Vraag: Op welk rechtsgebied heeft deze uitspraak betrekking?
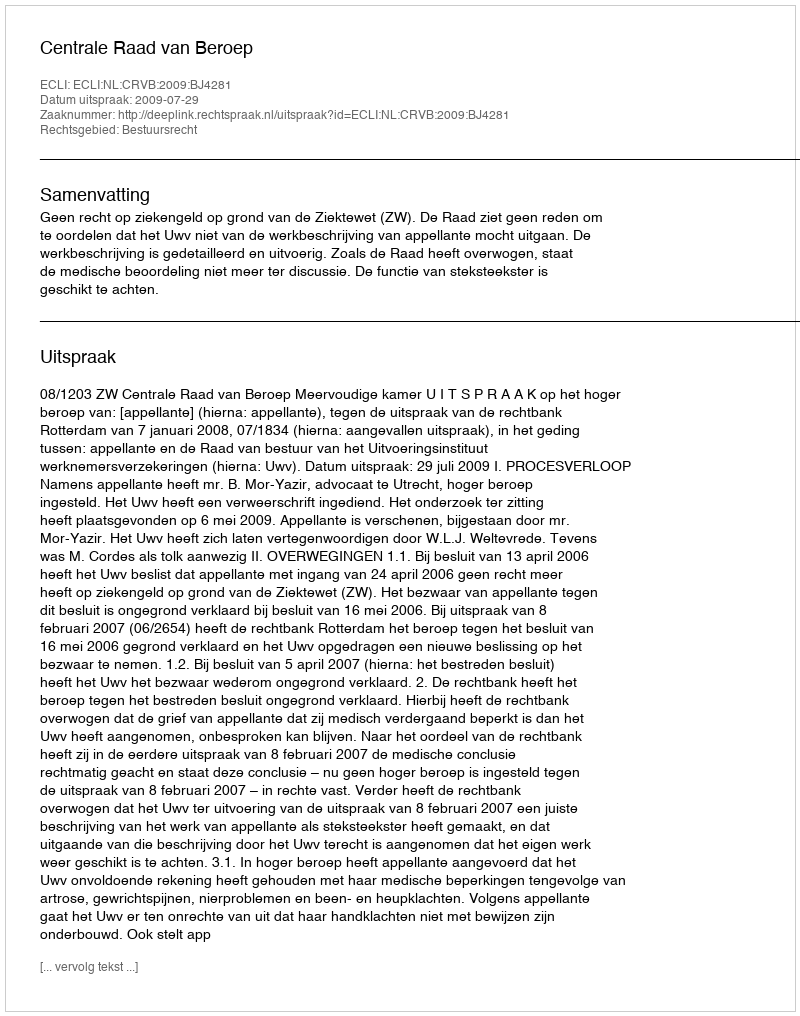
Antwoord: Bestuursrecht